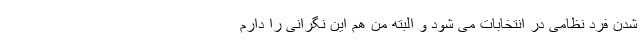
شدن فرد نظامی در انتخابات می شود و البته من هم این نگرانی را دارم